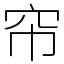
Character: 帘